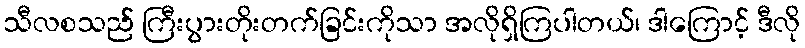
သီလစသည် ကြီးပွားတိုးတက်ခြင်းကိုသာ အလိုရှိကြပါတယ်၊ ဒါကြောင့် ဒီလို